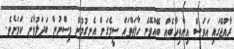
ރާއްޖޭގައި އަވަސް އިންތިހާބެއް ބޭއްވޭނެ ހާލަތްތައް ސީމެގަށް އެނގުމުން ވިސްނުން ބަދަލުވާނެ ކަމަށެވެ.